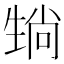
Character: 𪽄